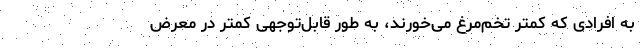
به افرادی که کمتر تخم‌مرغ می‌خورند، به طور قابل‌توجهی کمتر در معرض